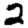
Digit: 2